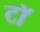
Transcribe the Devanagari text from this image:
टॉ